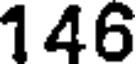
146